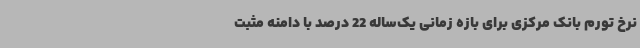
نرخ تورم بانک مرکزی برای بازه زمانی یک‌ساله 22 درصد با دامنه مثبت